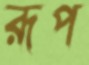
রূপ